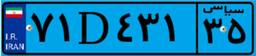
۱۷D۲۷۹۸۴